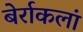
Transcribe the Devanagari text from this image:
बेर्राकलां